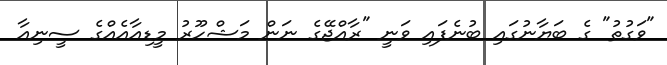
"ވަގުތު" ގެ ބަޔާނުގައި ބުނެފައި ވަނީ "ރާއްޖޭގެ ނަން މަޝްހޫރު މީޑިއާއެއްގެ ސީނިއާ